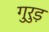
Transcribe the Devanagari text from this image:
गुरुड़